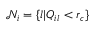
\mathcal { N } _ { i } = \{ l \vert Q _ { i l } < r _ { c } \}